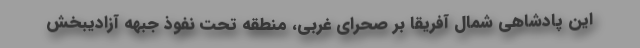
این پادشاهی شمال آفریقا بر صحرای غربی، منطقه تحت نفوذ جبهه آزادیبخش